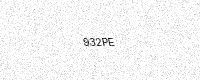
Text: 932PE